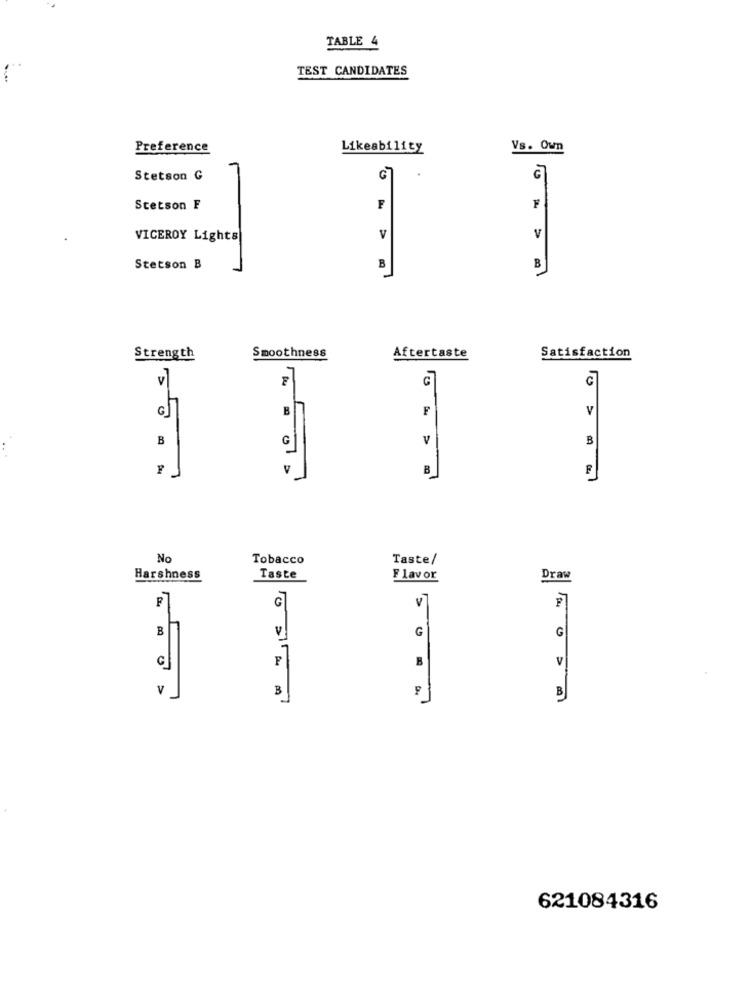
TABLE 4
TEST CANDIDATES
Preference
Likeability
Vs. Own
.
Stetson G
G
Stetson F
F
F
V
V
VICEROY Lights
Stetson B
7
B
B
Smoothness
Strength
Aftertaste
Satisfaction
v
C
G
G
B
F
V
B
G
V
B
V
B
No
Tobacco
Taste/
Harshness
Taste
Flavor
Draw
F
G
B
G
G
.1
B
V
.....
B
621084316